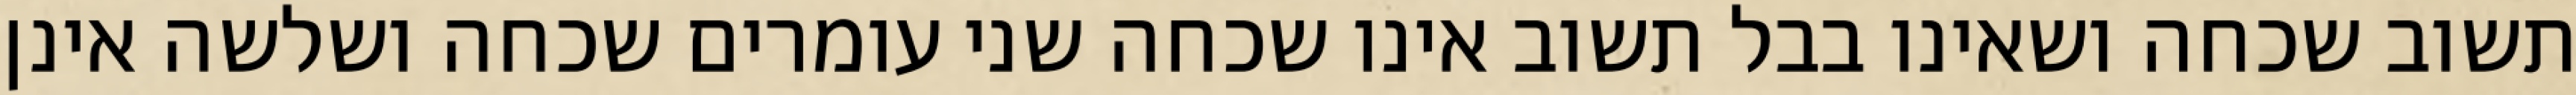
תשוב שכחה ושאינו בבל תשוב אינו שכחה שני עומרים שכחה ושלשה אינן